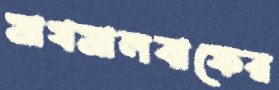
মাখমালবাফের